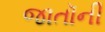
જાતૉની